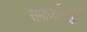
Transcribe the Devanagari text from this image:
समाजाभिमुखी